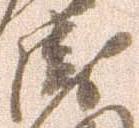
衛